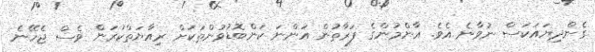
ގެންދިޔައަކަސް ނުވާނެ އެވެ. އާންމުންގެ ފަރާތުން އަންނަ ކަންބޮޑުވުންތަކަށް ރިއާޔަތްކުރަން ވެސް ޖެހޭނެ